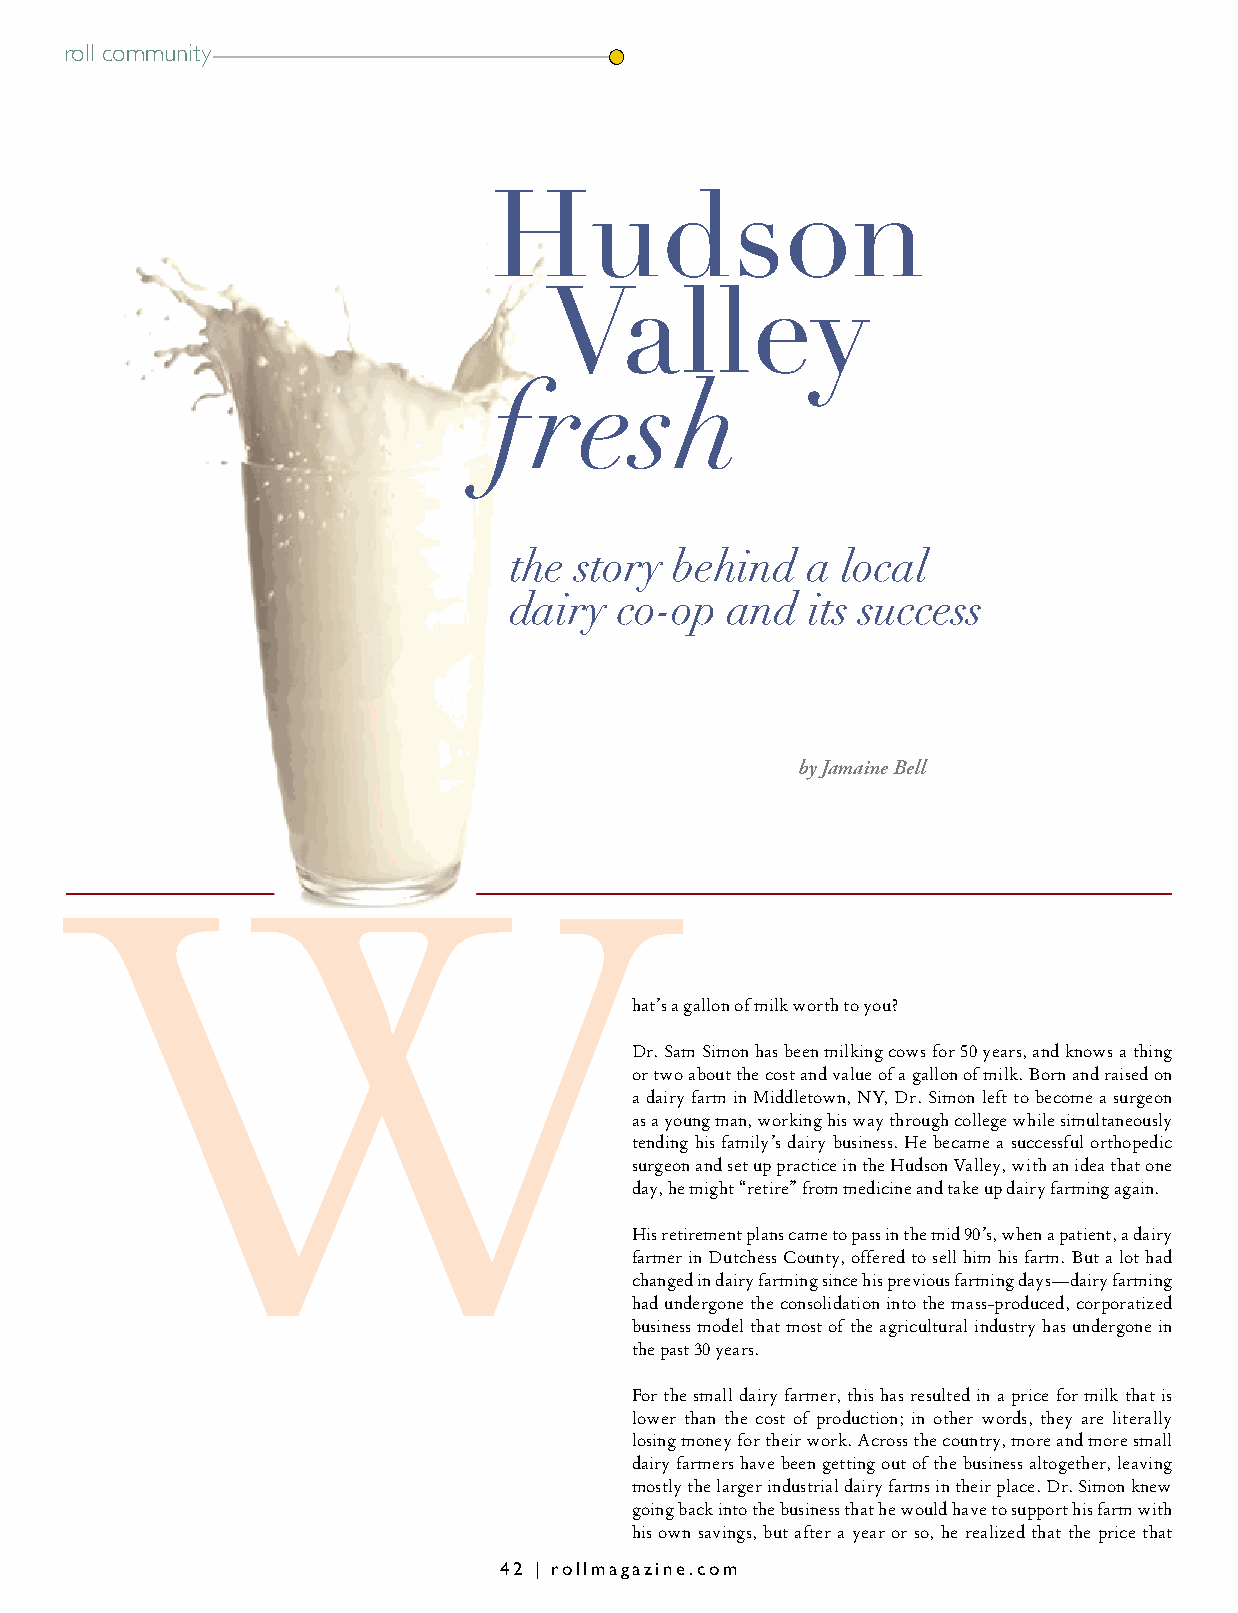
roll community
 Hudson
 Valley
 fresh
 the story  behind  a  local
 dairy  co-op  and   its success
 by Jamaine Bell
 W
 hat’s a gallon of milk worth to you?
 Dr. Sam Simon has been milking cows for 50 years, and knows a thing
 or two about the cost and value of a gallon of milk. Born and raised on
 a dairy farm in Middletown, NY, Dr. Simon left to become a surgeon
 as a young man, working his way through college while simultaneously
 tending his family’s dairy business. He became a successful orthopedic
 surgeon and set up practice in the Hudson Valley, with an idea that one
 day, he might “retire” from medicine and take up dairy farming again.
 His retirement plans came to pass in the mid 90’s, when a patient, a dairy
 farmer in Dutchess County, offered to sell him his farm. But a lot had
 changed in dairy farming since his previous farming days—dairy farming
 had undergone the consolidation into the mass-produced, corporatized
 business model that most of the agricultural industry has undergone in
 the past 30 years.
 For the small dairy farmer, this has resulted in a price for milk that is
 lower than the cost of production; in other words, they are literally
 losing money for their work. Across the country, more and more small
 dairy farmers have been getting out of the business altogether, leaving
 mostly the larger industrial dairy farms in their place. Dr. Simon knew
 going back into the business that he would have to support his farm with
 his own savings, but after a year or so, he realized that the price that
 42 | rollmagazine.com